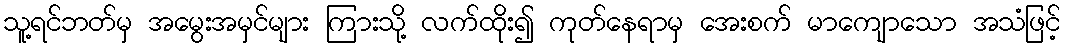
သူ့ရင်ဘတ်မှ အမွေးအမှင်များ ကြားသို့ လက်ထိုး၍ ကုတ်နေရာမှ အေးစက် မာကျောသော အသံဖြင့်